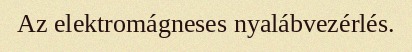
Az elektromágneses nyalábvezérlés.